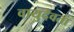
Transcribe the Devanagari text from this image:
वायुदेवता